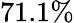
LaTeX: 71.1\%